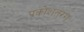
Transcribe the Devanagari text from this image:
प्रकोशतरंग